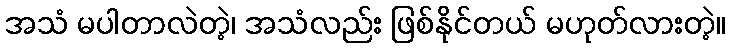
အသံ မပါတာလဲတဲ့၊ အသံလည်း ဖြစ်နိုင်တယ် မဟုတ်လားတဲ့။